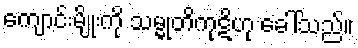
ကျောင်းမျိုးကို သမ္မုတိကုဋိဟု ခေါ်သည်။